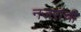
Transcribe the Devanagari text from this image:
नजरांची